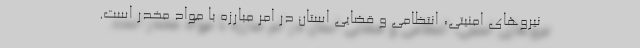
نیروهای امنیتی، انتظامی و قضایی استان در امر مبارزه با مواد مخدر است.